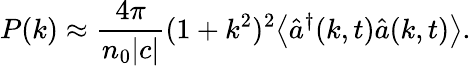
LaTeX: P(k)\approx\frac{4\pi}{n_{0}|c|}(1+k^{2})^{2}\big<\hat{a}^{\dagger}(k,t)\hat{a}(k,t)\big>.